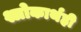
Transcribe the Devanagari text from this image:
श्लोकार्थही